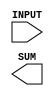
////////////////////////////////////////////////////////////////////////////////
//
//       This confidential and proprietary software may be used only
//     as authorized by a licensing agreement from Synopsys Inc.
//     In the event of publication, the following notice is applicable:
//
//                    (C) COPYRIGHT 1994 - 2023 SYNOPSYS INC.
//                           ALL RIGHTS RESERVED
//
//       The entire notice above must be reproduced on all authorized
//     copies.
//
//
// VERSION:   Simulation Architecture
//
// DesignWare_version: 1e21542d
// DesignWare_release: U-2022.12-DWBB_202212.5
//
////////////////////////////////////////////////////////////////////////////////

//-----------------------------------------------------------------------------------
//
// ABSTRACT:  Vector Adder
//           number of inputs = 'num_inputs'
//           wordlenght of inputs and output = 'input_width'
//
//           Sum a number of input words together to form the outpus SUM
//           Since a variable number of input ports is not supported the
//           2-D array of inputs (num_inputs X input_width) is flattened into
//           a single 1-D array of length num_inputs*input_width bits.
//
// MODIFIED:
//         GN Feb. 16th , 1996
//         changed dw02 to DW02
//         remove $generic and $end_generic
//         defined parameter num_inputs=8;
//         defined parameter input_width=8
//         fix star 33068
//  RPH 07/17/2002 Added X-processing and parameter checking
//-------------------------------------------------------------------------------
module DW02_sum (INPUT, SUM);


  parameter integer num_inputs=8;
  parameter integer input_width=8;

  // port list declaration in order
  input [ num_inputs*input_width- 1: 0] INPUT;
  output [ input_width- 1: 0] SUM;  reg [ input_width- 1: 0] SUM;

  reg [ num_inputs*input_width- 1: 0] temp_input;

  integer i;

  // synopsys translate_off 
  //-------------------------------------------------------------------------
  // Parameter legality check
  //-------------------------------------------------------------------------

  
 
  initial begin : parameter_check
    integer param_err_flg;

    param_err_flg = 0;
    
    
    if (input_width < 1) begin
      param_err_flg = 1;
      $display(
	"ERROR: %m :\n  Invalid value (%d) for parameter input_width (lower bound: 1)",
	input_width );
    end
    
    if (num_inputs < 1) begin
      param_err_flg = 1;
      $display(
	"ERROR: %m :\n  Invalid value (%d) for parameter num_inputs (lower bound: 1)",
	num_inputs );
    end 
  
    if ( param_err_flg == 1) begin
      $display(
        "%m :\n  Simulation aborted due to invalid parameter value(s)");
      $finish;
    end

  end // parameter_check 

     
     always @(INPUT)
	begin
	   if ((^(INPUT ^ INPUT) !== 1'b0)) begin
	      SUM = {input_width{1'bx}};
	   end
	   else begin
	   temp_input = INPUT;
	   SUM = temp_input [ input_width-1 : 0 ];
	   for ( i = 2; i <= num_inputs; i = i + 1)
	      begin
		 temp_input = temp_input >> input_width;
		 SUM = SUM + temp_input [ input_width-1 : 0 ];
	      end // for ( i = 2; i <= num_inputs; i = i + 1)
	   end // else: !if_Is_X(INPUT)
	end // always (INPUT)
   
  // synopsys translate_on
endmodule // DW02_sum;